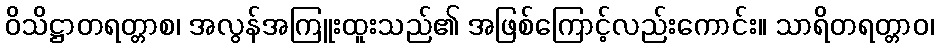
ဝိသိဋ္ဌာတရတ္တာစ၊ အလွန်အကြူးထူးသည်၏ အဖြစ်ကြောင့်လည်းကောင်း။ သာရိတရတ္တာဝ၊